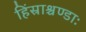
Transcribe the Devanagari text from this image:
हिंस्राश्चण्डाः